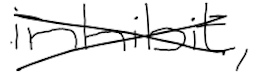
Text: inhibit,
Cross-out: cross
Writing tool: digital_black